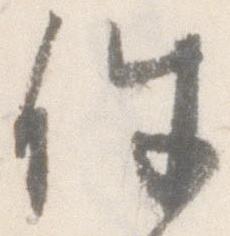
件